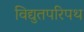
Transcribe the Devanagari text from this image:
विद्युतपरिपथ